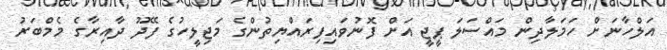
އަލްހާނަށް ހަމަލާދިން މައްސަލަ ޕީޖީ އަށް ފޮނުވައިފިރައްޔިތުންގެ މަޖިލީހުގެ ފޭދޫ ދާއިރާގެ މެމްބަރު